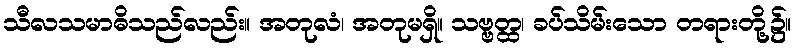
သီလသမာဓိသည်လည်း။ အတုလံ၊ အတုမရှိ။ သဗ္ဗတ္ထ၊ ခပ်သိမ်းသော တရားတို့၌။